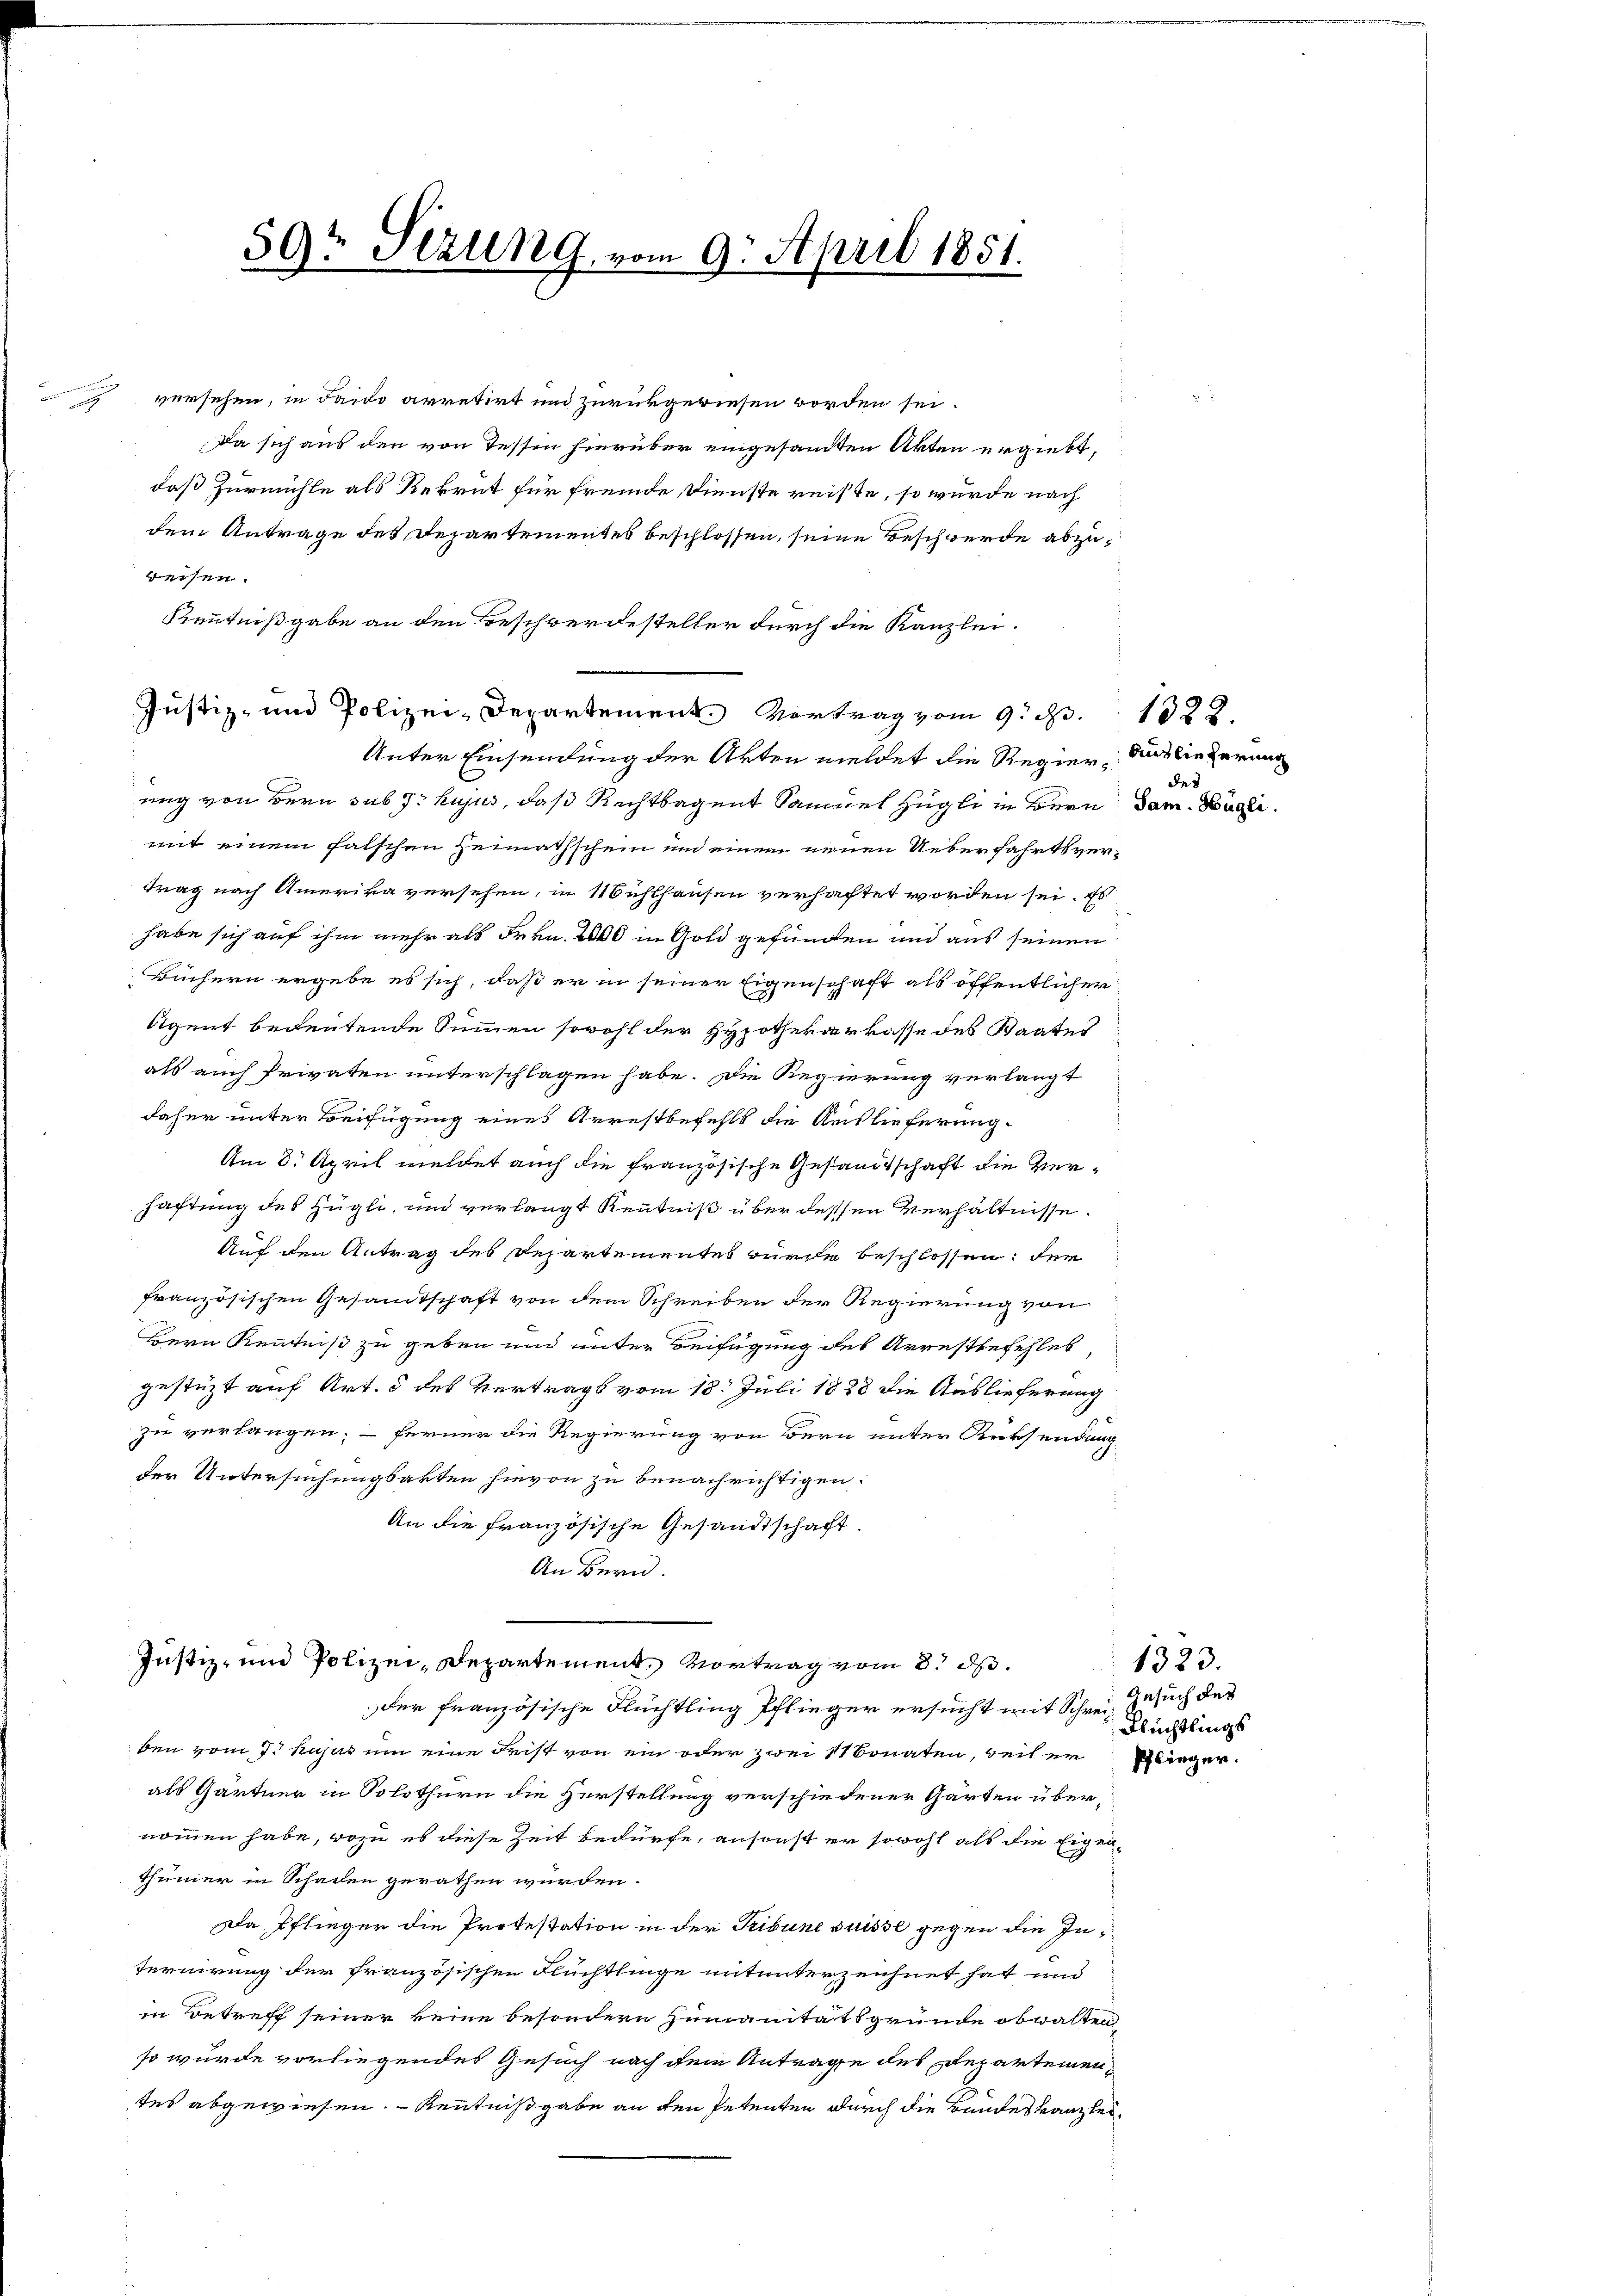
59t Serung, vom 9. April 1851.

versehen, in dando arretirt und zurückgewiesen worden sei.
Da sich aus den von Tessin hierüber eingesandten Akten ergiebt,
daß Zurmühle als Rekrut für fremde Dienste reiste, so würde nach
dem Antrage des Departementes beschlossen, seine Beschwerde abzuweisen.
Kenntnißgabe an den Beschwerdesteller durch die Kanzlei-
Justiz- und Polizei-Departement Vortrag vom 9. d. 1322.
Unter Einsendung der Arten meldet die Regier Auslieferung
ung von Bern sub 7. hujus, daß Rechtsagent Samuel zügli in Bern dem Bügli
mit einem falschen Heimathschein und einem neuen Ueberfahrtsvertrag nach Amerika versehen, in Mühlhausen verhaftet worden sei. Es
habe sich auf ihm mehr als Frkn. 2000 in Gold gefunden und aus seinen
Büchern ergebe es sich, daß er in seiner Eigenschaft als öffentlicher
Agent bedeutende Summen sowohl der Hypothekarkasse des Staates
als auch Privaten unterschlagen habe. Die Regierung verlangt
daher unter Beifügung eines Arrestbefehls die Auslieferung
Am 8. April meldet auch die französische Gesandtschaft die Verhaftung des Hügli, und verlangt Kenntniß über dessen Verhältnisse.
Auf den Antrag des Departementes wurde beschlossen: der
französischen Gesamtschaft von dem Schreiben der Regierung von
Bern Kenntniß zu geben und unter Beifügung des Arrestbefehles,
gestützt auf Art. 5 des Vertrags vom 18. Juli 1828 die Auslieferung
zu verlangen; - ferner die Regierung von Bern unter Rücksendung
der Untersuchungsakten hievon zu benachrichtigen:
An die französische Gesandtschaft.
An Bern.
Justiz- und Polizei-Departement. Vortrag vom 8. ds.
der französische Flüchtling Pflieger ersucht mit Schreiben vom 7. hujus um eine Frist von ein oder zwei Monaten, weil erlieger.
als Gärtner in Solothurn die Herstellung verschiedener Garten übernommen habe, wozu es diese Zeit bedürfe, ansonst er sowohl als die Eigen-
thümer in Schaden gerathen würden.
Da Pflinger die Protestation in der Tribune suisse gegen die Internirung der französischen Flüchtlinge mitunterzeichnet hat und
in Betreff seiner keine besondern Zumanitätsgründe obwalten,
so wurde vorliegendes Gesuch nach dem Antrage des Departementes abgewiesen. Kenntnißgabe an den Petenten durch die Bundes Kanzlei¬

des

1323.
Gesuch des
Flüchtlings